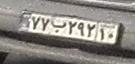
۷۷ب۲۹۲۱۰